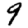
Digit: 9